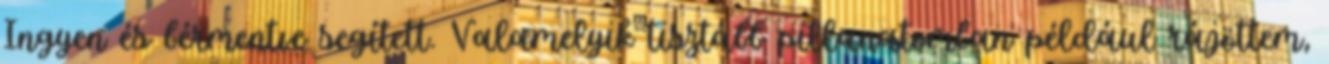
Ingyen és bérmentve segített. Valamelyik tisztább pillanatomban például rájöttem,